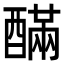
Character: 䤍